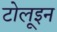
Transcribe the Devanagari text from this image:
टोलूइन